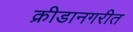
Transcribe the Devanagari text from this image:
क्रीडानगरीत